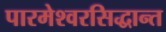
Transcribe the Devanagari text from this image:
पारमेश्वरसिद्धान्त